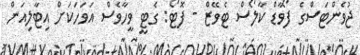
ޖުވެންޓަސްގެ ފޯވާޑް ކާލޯސް ޓެވޭޒް - ފޮޓޯ: ގެޓީ ވީހާވެސް އަވަހަކަށް އިޓާލިއަން